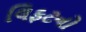
લિફટનો